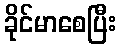
ခိုင်မာစေပြီး